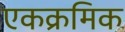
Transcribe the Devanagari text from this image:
एकक्रमिक